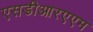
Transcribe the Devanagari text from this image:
एसडीआरएएम